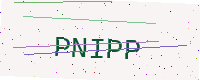
Text: PNIPP